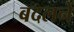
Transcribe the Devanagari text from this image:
बदलनें